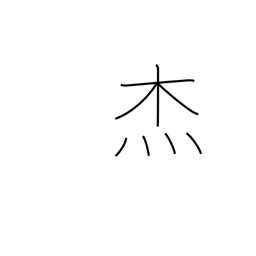
Meaning: hero